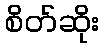
စိတ်ဆိုး